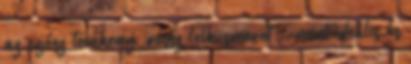
az egész tevékeny ’rossz lelkiismeret’ – mint ideális és